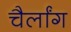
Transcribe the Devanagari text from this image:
चैर्लांग